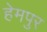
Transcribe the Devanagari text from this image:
हेमपुर